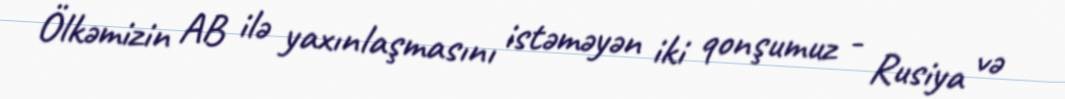
Ölkəmizin AB ilə yaxınlaşmasını istəməyən iki qonşumuz - Rusiya və